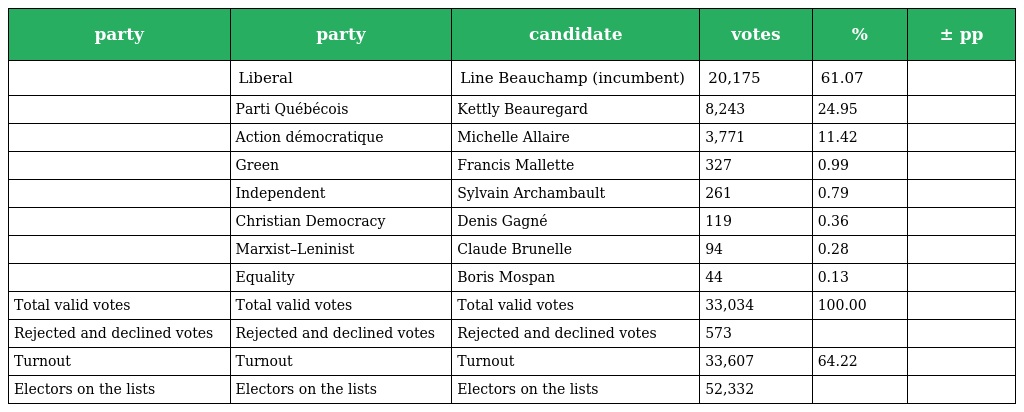
| party | party | candidate | votes | % | ± pp |
 | --- | --- | --- | --- | --- | --- |
 |  | Liberal | Line Beauchamp (incumbent) | 20,175 | 61.07 |  |
 |  | Parti Québécois | Kettly Beauregard | 8,243 | 24.95 |  |
 |  | Action démocratique | Michelle Allaire | 3,771 | 11.42 |  |
 |  | Green | Francis Mallette | 327 | 0.99 |  |
 |  | Independent | Sylvain Archambault | 261 | 0.79 |  |
 |  | Christian Democracy | Denis Gagné | 119 | 0.36 |  |
 |  | Marxist–Leninist | Claude Brunelle | 94 | 0.28 |  |
 |  | Equality | Boris Mospan | 44 | 0.13 |  |
 | Total valid votes | Total valid votes | Total valid votes | 33,034 | 100.00 |  |
 | Rejected and declined votes | Rejected and declined votes | Rejected and declined votes | 573 |  |  |
 | Turnout | Turnout | Turnout | 33,607 | 64.22 |  |
 | Electors on the lists | Electors on the lists | Electors on the lists | 52,332 |  |  |